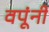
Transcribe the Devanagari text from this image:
वपूंनी